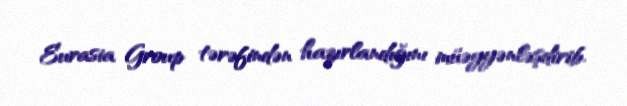
Eurasia Group tərəfindən hazırlandığını müəyyənləşdirib.